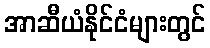
အာဆီယံနိုင်ငံများတွင်